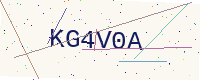
Text: KG4V0A